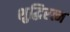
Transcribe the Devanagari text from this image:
शुद्धिरत्न